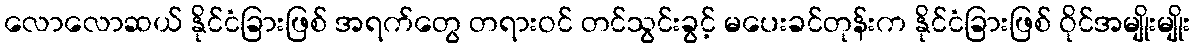
လောလောဆယ် နိုင်ငံခြားဖြစ် အရက်တွေ တရားဝင် တင်သွင်းခွင့် မပေးခင်တုန်းက နိုင်ငံခြားဖြစ် ဝိုင်အမျိုးမျိုး